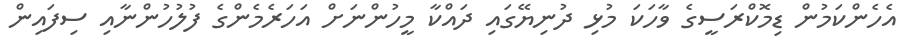
އެހެންކަމުން ޑިމޮކްރަސީގެ ވާހަކަ މުޅި ދުނިޔޭގައި ދައްކާ މީހުންނަށް އަހަރެމެންގެ ފުލުހުންނާއި ސިފައިން